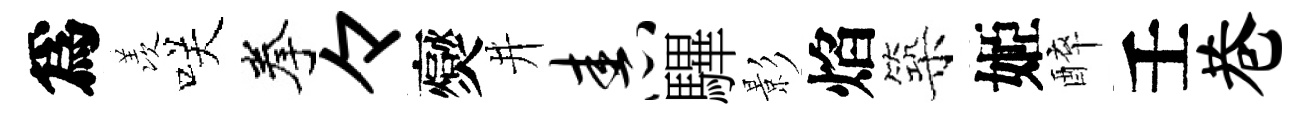
爲羡咲拳々爕井舂驆影焰築姬醉壬巷